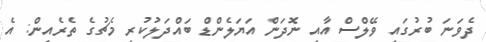
ދެވަނަ ބުރުގައި ވޭލްސް އާއި ނޮދަން އަޔަލެންޑް ބައްދަލުކުރި މެޗުގެ ތެރެއިން: އެ